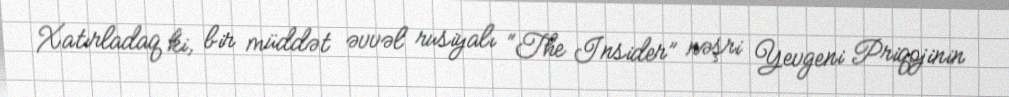
Xatırladaq ki, bir müddət əvvəl rusiyalı “The Insider” nəşri Yevgeni Priqojinin